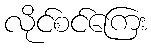
လိုင်စင်ကြေး